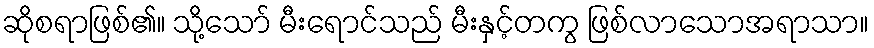
ဆိုစရာဖြစ်၏။ သို့သော် မီးရောင်သည် မီးနှင့်တကွ ဖြစ်လာသောအရာသာ။